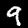
Digit: 9